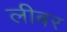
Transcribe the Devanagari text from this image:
लीबर